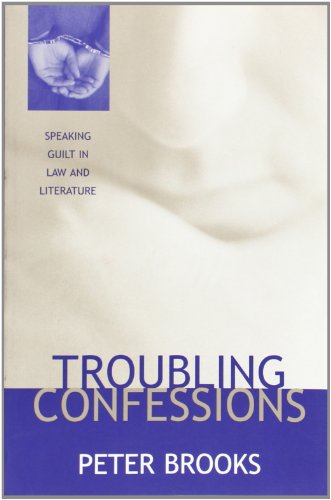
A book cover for Troubling Confessions: Speaking Guilt in Law and Literature; Peter Brooks; Gay & Lesbian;